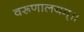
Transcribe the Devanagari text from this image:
वरूणालयम्॥